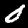
Label: 0